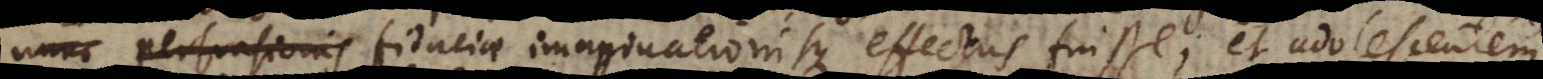
persuasis fiduciae imaginationisque effectus fuisse; et adolescentem